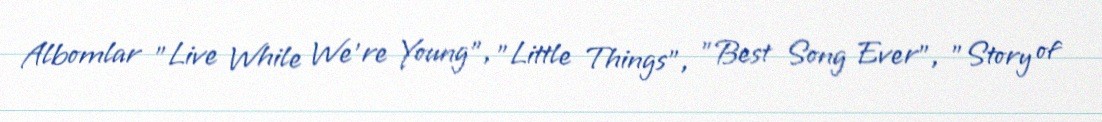
Albomlar "Live While We're Young", "Little Things", "Best Song Ever", "Story of